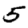
Digit: 5